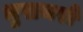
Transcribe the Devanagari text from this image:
भुखमरों